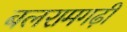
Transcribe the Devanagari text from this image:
बलरामगढ़ी